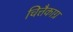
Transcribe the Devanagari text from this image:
चित्तैकाग्र